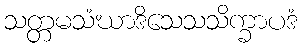
သတ္တမသံဃာဒိသေသသိက္ခာပဒံ